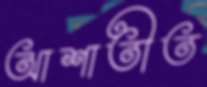
আশাতীত